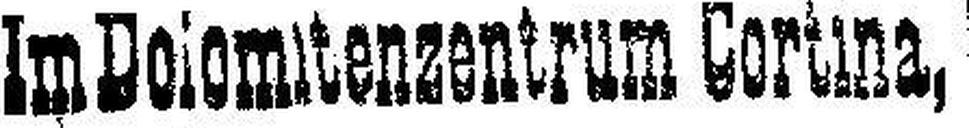
Im Dolomitenzentrum Cortina,